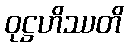
ဝုဋ္ဌဟိဿတိ